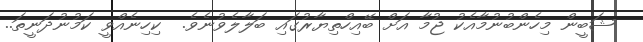
ޝަބީން މިހެންބުނުމާއެކު ޖުމާ އަށް ބޭއިހްތިޔާރުގައި ބަލާލެވުނެވެ.  ކިހިނެއްވީ ކަމުނުދަނީތަަ..